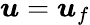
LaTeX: \boldsymbol{u}=\boldsymbol{u}_{f}